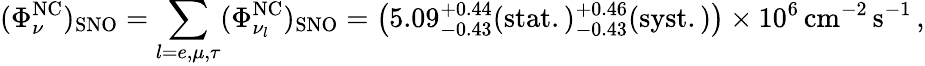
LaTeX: (\Phi_{\nu}^{\mathrm{NC}})_{\mathrm{SNO}}=\sum_{l=e,\mu,\tau}(\Phi_{\nu_{l}}^{\mathrm{NC}})_{\mathrm{SNO}}=\left(5.09{}_{-0.43}^{+0.44}\mathrm{(stat.)}{}_{-0.43}^{+0.46}\mathrm{(syst.)}\right)\times 10^{6}\, \mathrm{cm}^{-2}\, \mathrm{s}^{-1}\, ,